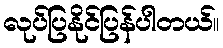
လုပ်ပြနိုင်ပြန်ပါတယ်။